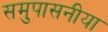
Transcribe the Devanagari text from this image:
समुपासनीया